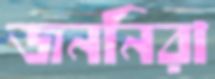
জননিরা